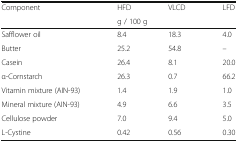
<table><thead><tr><td rowspan="2"><b>Component</b></td><td><b>HFD</b></td><td><b>VLCD</b></td><td><b>LFD</b></td></tr><tr><td colspan="3"><b>g / 100 g</b></td></tr></thead><tbody><tr><td>Safflower oil</td><td>8.4</td><td>18.3</td><td>4.0</td></tr><tr><td>Butter</td><td>25.2</td><td>54.8</td><td>–</td></tr><tr><td>Casein</td><td>26.4</td><td>8.1</td><td>20.0</td></tr><tr><td>α-Cornstarch</td><td>26.3</td><td>0.7</td><td>66.2</td></tr><tr><td>Vitamin mixture (AIN-93)</td><td>1.4</td><td>1.9</td><td>1.0</td></tr><tr><td>Mineral mixture (AIN-93)</td><td>4.9</td><td>6.6</td><td>3.5</td></tr><tr><td>Cellulose powder</td><td>7.0</td><td>9.4</td><td>5.0</td></tr><tr><td>L-Cystine</td><td>0.42</td><td>0.56</td><td>0.30</td></tr></tbody></table>